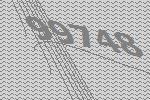
99748